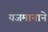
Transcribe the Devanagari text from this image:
यजमानाने